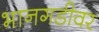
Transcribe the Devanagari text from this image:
भानगडीवर